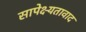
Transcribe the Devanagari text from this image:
सापेक्ष्यतावाद